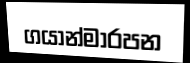
ගයාන්මාරපන